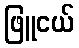
ဖြူငယ်